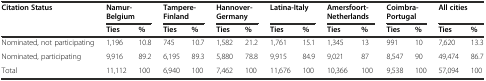
<table><thead><tr><td rowspan="2"><b>Citation Status</b></td><td colspan="2"><b>Namur-Belgium</b></td><td colspan="2"><b>Tampere-Finland</b></td><td colspan="2"><b>Hannover-Germany</b></td><td colspan="2"><b>Latina-Italy</b></td><td colspan="2"><b>Amersfoort-Netherlands</b></td><td colspan="2"><b>Coimbra-Portugal</b></td><td colspan="2"><b>All cities</b></td></tr><tr><td><b>Ties</b></td><td><b>%</b></td><td><b>Ties</b></td><td><b>%</b></td><td><b>Ties</b></td><td><b>%</b></td><td><b>Ties</b></td><td><b>%</b></td><td><b>Ties</b></td><td><b>%</b></td><td><b>Ties</b></td><td><b>%</b></td><td><b>Ties</b></td><td><b>%</b></td></tr></thead><tbody><tr><td>Nominated, not participating</td><td>1,196</td><td>10.8</td><td>745</td><td>10.7</td><td>1,582</td><td>21.2</td><td>1,761</td><td>15.1</td><td>1,345</td><td>13</td><td>991</td><td>10</td><td>7,620</td><td>13.3</td></tr><tr><td>Nominated, participating</td><td>9,916</td><td>89.2</td><td>6,195</td><td>89.3</td><td>5,880</td><td>78.8</td><td>9,915</td><td>84.9</td><td>9,021</td><td>87</td><td>8,547</td><td>90</td><td>49,474</td><td>86.7</td></tr><tr><td>Total</td><td>11,112</td><td>100</td><td>6,940</td><td>100</td><td>7,462</td><td>100</td><td>11,676</td><td>100</td><td>10,366</td><td>100</td><td>9,538</td><td>100</td><td>57,094</td><td>100</td></tr></tbody></table>